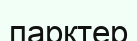
парктер